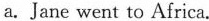
a.Jane went to Africa.